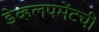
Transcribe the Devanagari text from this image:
डेव्हलपमेंटची